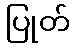
ပြုတ်